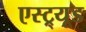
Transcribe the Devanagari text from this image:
एस्ट्र्यूड